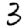
Digit: 3